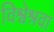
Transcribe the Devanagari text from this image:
विश्वेश्रवा